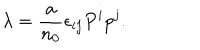
LaTeX: \lambda = { \frac { a } { n _ { 0 } } } \epsilon _ { i j } P ^ { i } p ^ { j } .